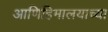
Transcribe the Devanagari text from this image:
आणिहिमालयाच्या